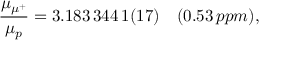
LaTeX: \frac { \mu _ { \mu ^ { + } } } { \mu _ { p } } = 3 . 1 8 3 \, 3 4 4 \, 1 ( 1 7 ) \quad ( 0 . 5 3 \, p p m ) ,